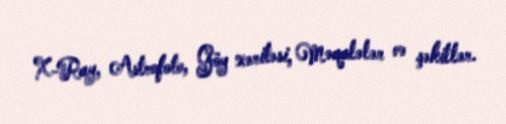
X-Ray, Astrofoto, Göy xəritəsi, Məqalələr və şəkillər.